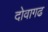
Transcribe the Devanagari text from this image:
दोवागढ